system: You are a helpful assistant.
user:
Analyze the provided spectrum to determine if it is a **Carbon Star (C-type)**.

- **Key Visual Indicators of Carbon Star:**
    - **(Primary):** Strong molecular absorption from **C₂ (diatomic carbon) "Swan Bands."** This is the **defining feature** of a carbon star.
        - **(Key Bandheads):** Sharp absorption edges are visible at approximately $5635$ Å, $5165$ Å (the strongest band), and $4737$ Å.
        - **(Line Profile):** Creates a distinct **"saw-tooth"** pattern. The key morphology is a sharp, steep bandhead on the **red (long-wavelength) side**, which then gradually tapers off (i.e., flux recovers) towards the **blue (short-wavelength) side**. *(This is the direct opposite of the TiO bands seen in M-type stars)*.

    - **(Secondary):** Intense **CN (cyanogen)** molecular absorption bands.
        - **(Key Bandheads):** Located in the blue and violet regions of the spectrum (e.g., near $4215$ Å and $3883$ Å).
        - **(Morphology):** These bands are extremely broad and act as a "blanket," absorbing the vast majority of blue and violet light. This creates a characteristic **"cliff"** or **"steep drop-off"** in the spectrum's flux at short wavelengths.

    - **(Key Confirmation):** Strong **CH absorption band (G-band)**.
        - **(Key Bandhead):** Located around $4300$ Å. The contribution from CH molecules to this band is exceptionally strong.

    - **(Overall Spectrum):**
        - The continuum is severely "chopped up" by these deep molecular bands, especially C₂, rather than appearing as a smooth curve.
        - Due to the heavy CN and C₂ absorption in the blue-green, the vast majority of the star's flux is concentrated in the red part of the spectrum, giving the star its characteristic deep red color.

Think first, call **spectral_visualization_tool** if needed to examine features in detail, then provide your final answer. Your response must adhere to the following strict rules:
1.  **Overall Structure:** Your response must follow the format `<think>...</think> <tool_call>...</tool_call> (if a tool is used) <answer>...</answer>`.
2.  **Tool Usage Constraint:** You may only make **one** tool call per turn.
3.  **Final Answer Format:** In the `<answer>` tag, your conclusion must be inside a `\boxed{}` command (e.g., `\boxed{YES}`), followed by your justification.

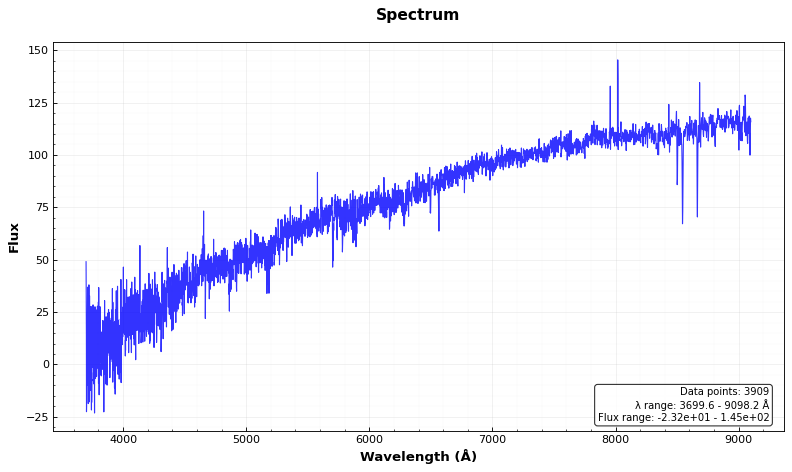
Answer: NO